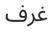
غرف